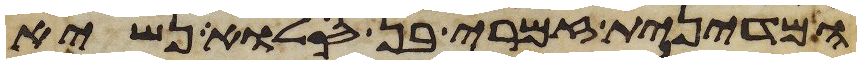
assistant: המדינית זמרי בן סלוא נשיא